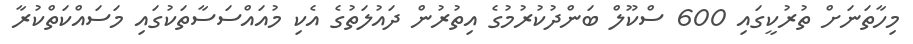
މިހާތަނަށް ތުރުކީގައި 600 ސްކޫލް ބަންދުކުރުމުގެ އިތުރުން ދައުލަތުގެ އެކި މުއައްސަސާތަކުގައި މަސައްކަތްކުރާ